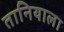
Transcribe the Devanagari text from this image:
तानियाला